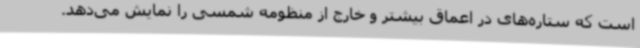
است که ستاره‌های در اعماق بیشتر و خارج از منظومه شمسی را نمایش می‌دهد.